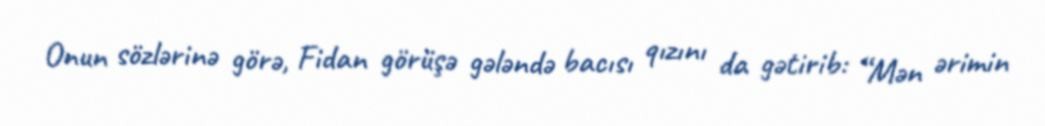
Onun sözlərinə görə, Fidan görüşə gələndə bacısı qızını da gətirib: “Mən ərimin